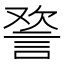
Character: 𰴸